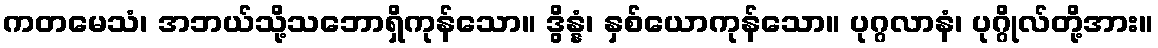
ကတမေသံ၊ အဘယ်သို့သဘောရှိကုန်သော။ ဒွိန္နံ၊ နှစ်ယောကုန်သော။ ပုဂ္ဂလာနံ၊ ပုဂ္ဂိုလ်တို့အား။